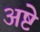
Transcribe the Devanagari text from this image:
अष्टे